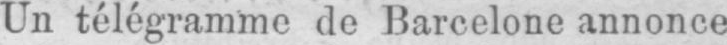
Un télégramme de Barcelone annonce